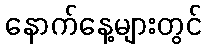
နောက်နေ့များတွင်